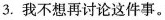
3.我不想再讨论这件事。